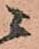
ニ